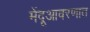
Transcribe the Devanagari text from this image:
मेंदूआवरणात